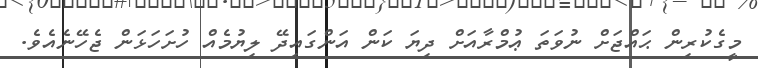
މީގެކުރިން ޙައްޖަށް ނުވަތަ ޢުމްރާއަށް ދިޔަ ކަން އަންގައިދޭ ލިޔުމެއް ހުށަހަޅަން ޖެހޭނެއެވެ.